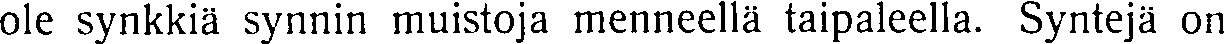
ole synkkiä synnin muistoja menneellä taipaleella. Syntejä on